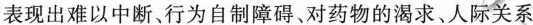
表现出难以中断、行为自制障碍、对药物的渴求、人际关系